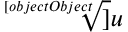
\sqrt [ [object Object] ] { u }